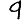
Digit: 9